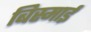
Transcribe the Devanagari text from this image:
बिस्माई